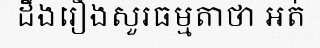
ដឹងរឿងសួរធម្មតាថា អត់